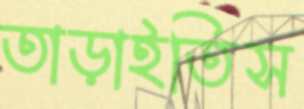
তাড়াইতিস